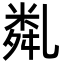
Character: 亃